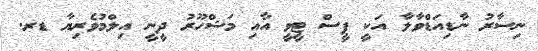
ނިސާރު ނާޑިއަޑްވާލާ އަކީ ޕީސް ޓީވީ އާއި މަޝްހޫރު ދީނީ އިލްމުވެރިޔާ ޑރ.